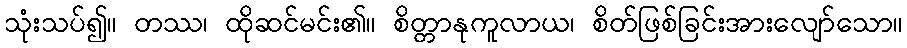
သုံးသပ်၍။ တဿ၊ ထိုဆင်မင်း၏။ စိတ္တာနုကူလာယ၊ စိတ်ဖြစ်ခြင်းအားလျော်သော။